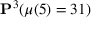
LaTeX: \mathbf { P } ^ { 3 } ( \mu ( 5 ) = 3 1 )